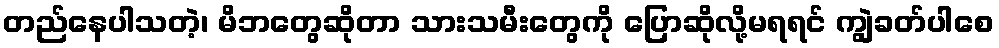
တည်နေပါသတဲ့၊ မိဘတွေဆိုတာ သားသမီးတွေကို ပြောဆိုလို့မရရင် ကျွဲခတ်ပါစေ